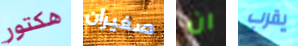
هكتور صغيران ان يقرب